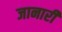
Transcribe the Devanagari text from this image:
जानारी